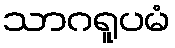
သာဂရူပမံ